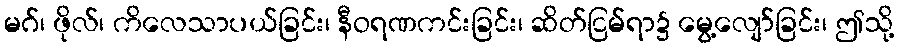
မဂ်၊ ဖိုလ်၊ ကိလေသာပယ်ခြင်း၊ နီဝရဏကင်းခြင်း၊ ဆိတ်ငြမ်ရာ၌ မွေ့လျော်ခြင်း၊ ဤသို့